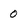
Character: o